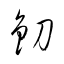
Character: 釖